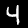
Label: 4